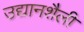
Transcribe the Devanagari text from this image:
उद्यानशैली